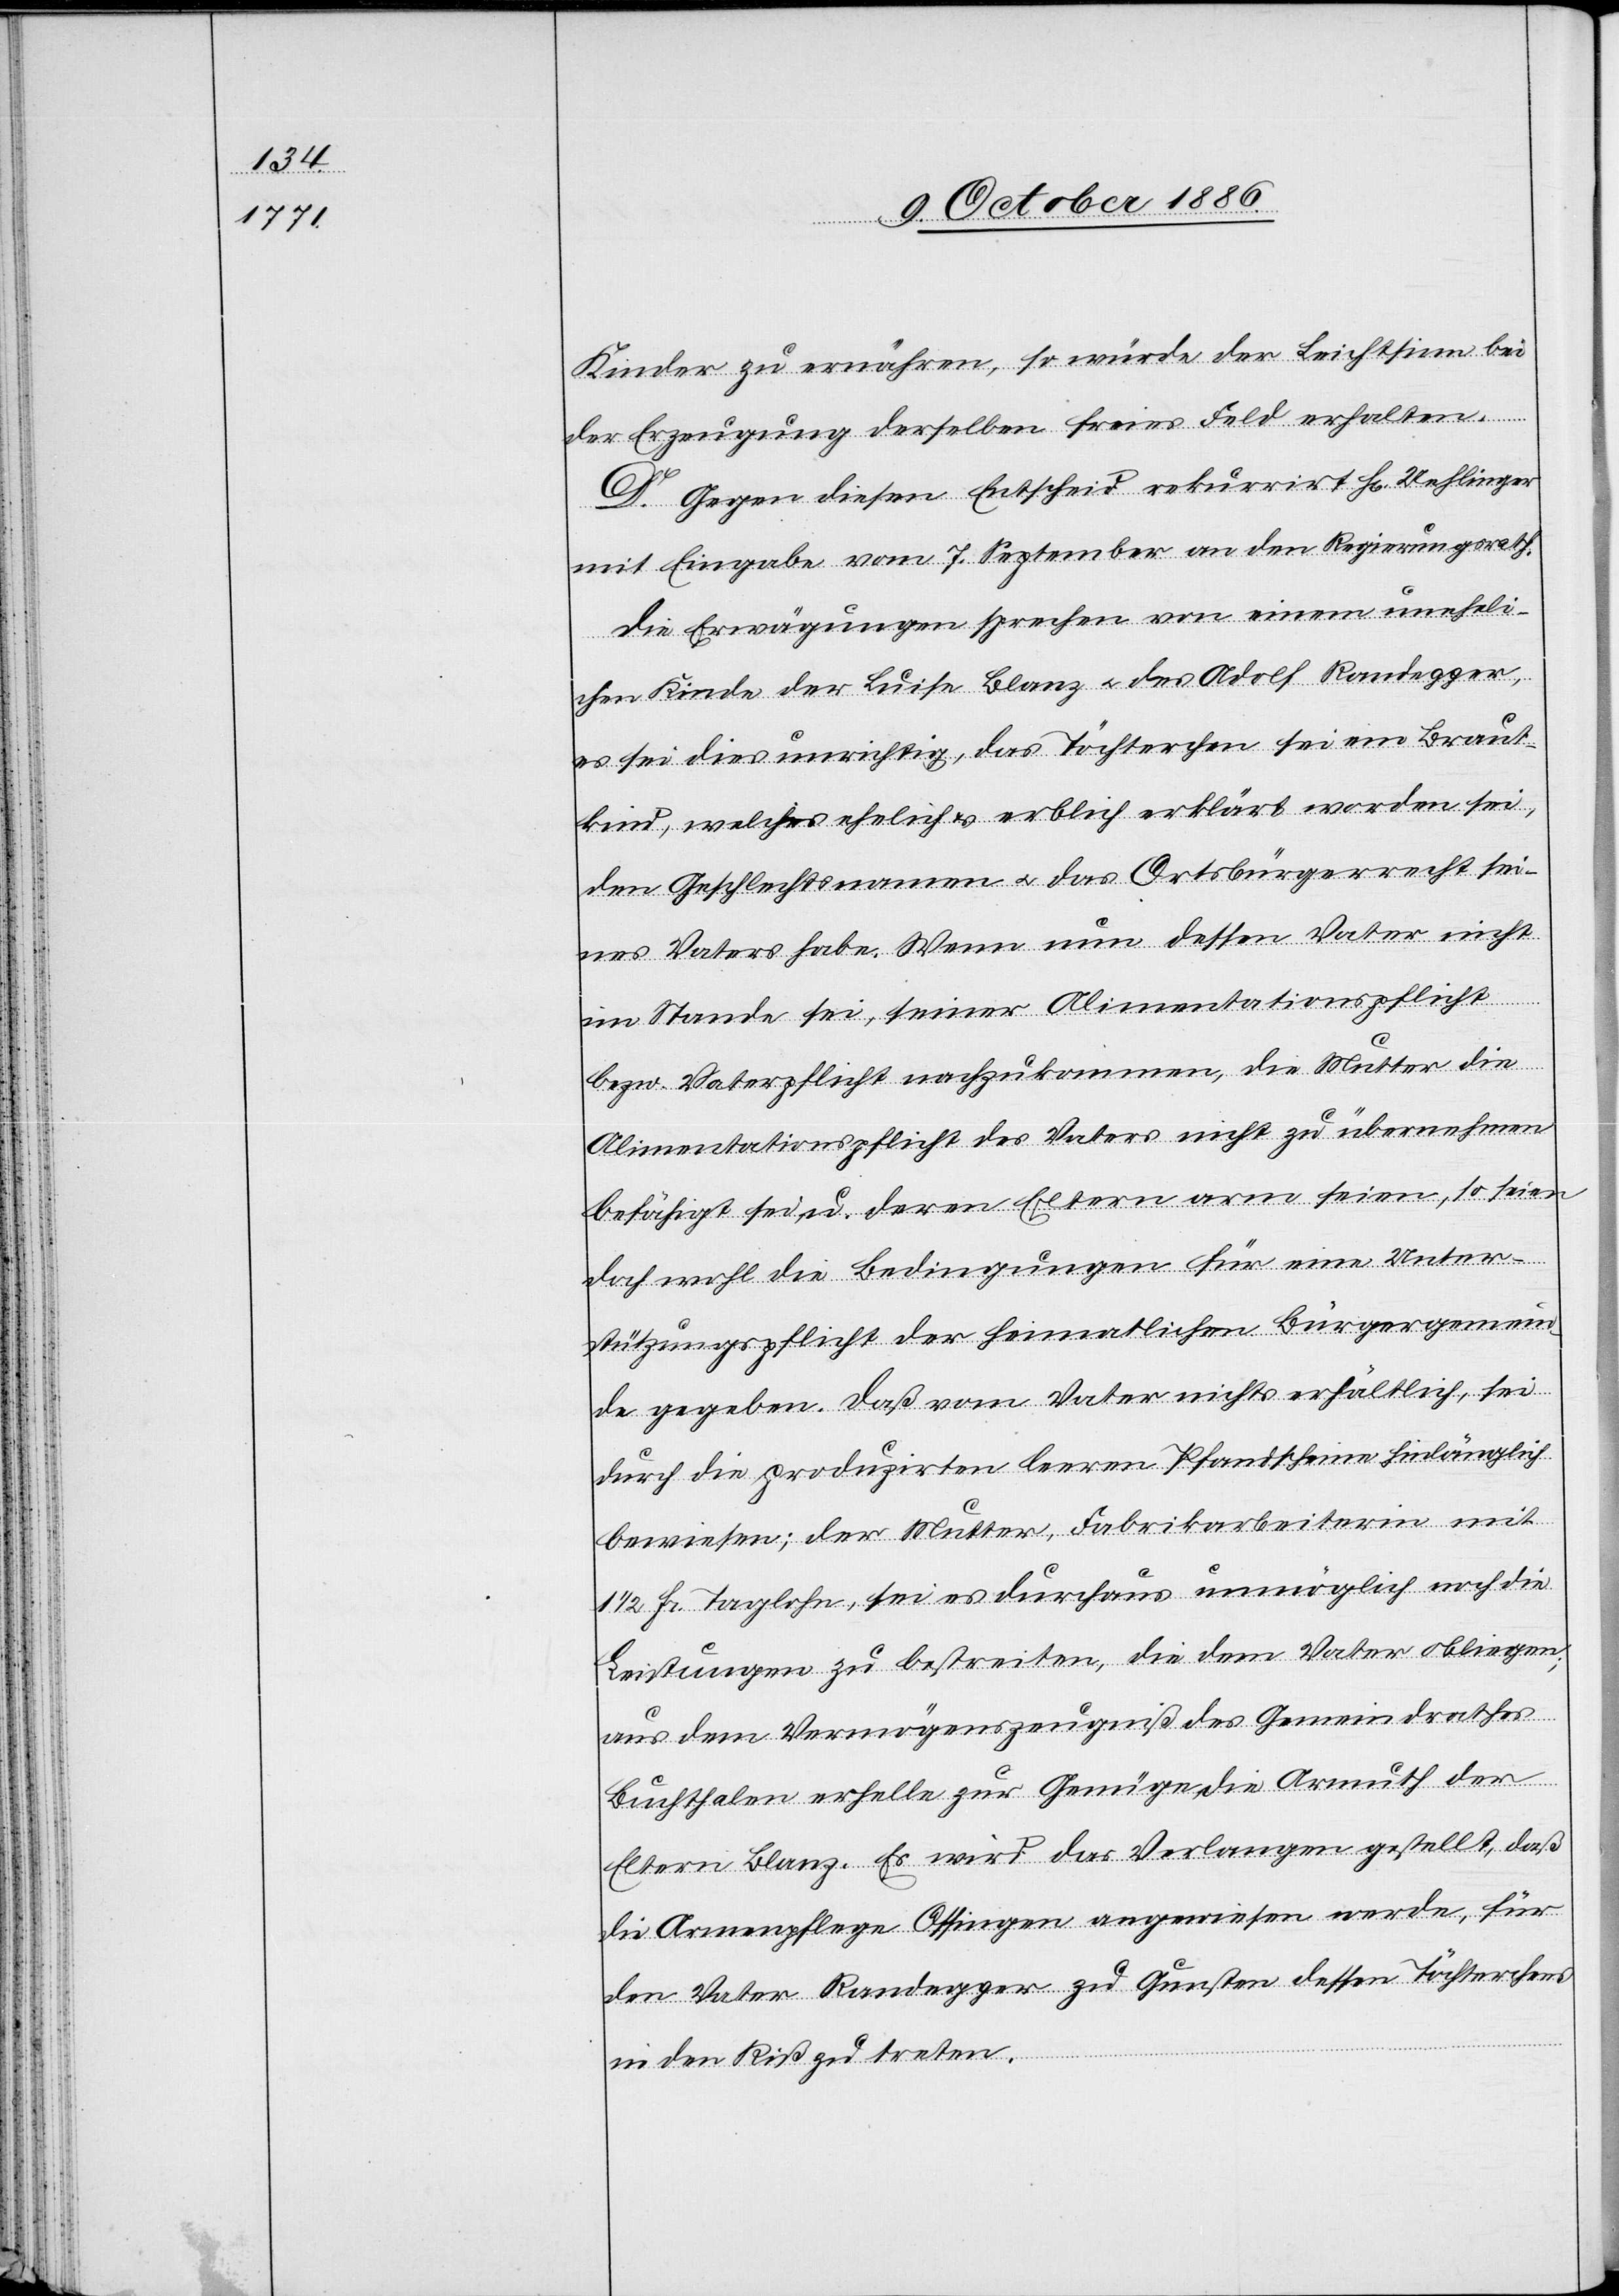
Kinder zu ernähren, so würde der Leichtsinn bei
der Erzeugung derselben freies Feld erhalten.
D. Gegen diesen Entscheid rekurrirt H[err] Uehlinger
mit Eingabe vom 7. September an den Regierungsrath.
Die Erwägungen sprechen von einem uneheli¬
chen Kinde der Luise Blanz & des Adolf Randegger,
es sei dies unrichtig, das Töchterchen sei ein Braut¬
kind, welches ehelich & erblich erklärt worden sei,
den Geschlechtsnamen & das Ortsbürgerrecht sei¬
nes Vaters habe. Wenn nun dessen Vater nicht
im Stande sei, seiner Alimentationspflicht
bezw. Vaterpflicht nachzukommen, die Mutter die
Alimentationspflicht des Vaters nicht zu übernehmen
befähigt sei u. deren Eltern arm seien, so seien
doch wohl die Bedingungen für eine Unter¬
stützungspflicht der heimatlichen Bürgergemein¬
de gegeben. Daß vom Vater nichts erhältlich, sei
durch die produzirten leeren Pfandscheine hinlänglich
bewiesen; der Mutter, Fabrikarbeiterin mit
1/2 Fr. Taglohn, sei es durchaus unmöglich noch die
Leistungen zu bestreiten, die dem Vater obliegen;
aus dem Vermögenszeugniß des Gemeindrathes
Buchthalen erhelle zur Genüge die Armuth der
Eltern Blanz. Es wird das Verlangen gestellt, daß
die Armenpflege Ossingen angewiesen werde, für
den Vater Randegger zu Gunsten dessen Töchterchens
in den Riß zu treten.